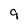
Character: 9